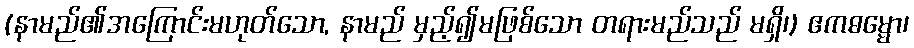
(နာမည်၏အကြောင်းမဟုတ်သော, နာမည် မှည့်၍မဖြစ်သော တရားမည်သည် မရှိ၊) ဧကဓမ္မော၊